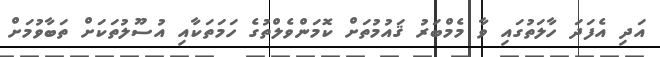
އަދި އެފަދަ ހާލަތުގައި ވާ މެމްބަރު ޤައުމުތަށް ކޮމަންވެލްތުގެ ހަމަތަކާއި އުސޫލުތަކަށް ތަބާވުމަށް